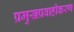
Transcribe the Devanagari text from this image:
प्रमुखप्रवाहीकरण